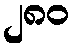
၂၈၀